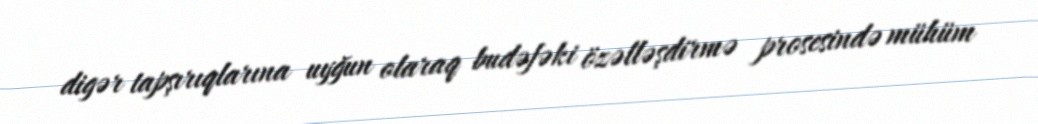
digər tapşırıqlarına uyğun olaraq budəfəki özəlləşdirmə prosesində mühüm